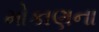
મોકાણના